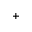
+